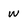
Character: w